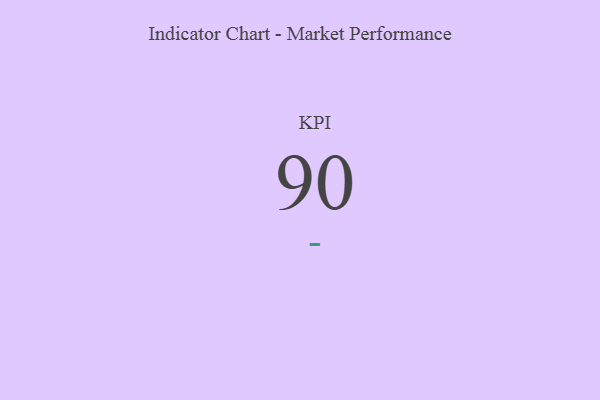
{"axis": {"x": "KPI", "y": "Value"}, "legend": [""], "data": [{"x": "KPI", "y": 90, "type": ""}]}